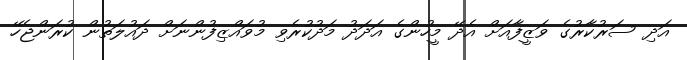
އަދި ސަރުކާރުގެ ވަޒީފާއަށް އެދޭ މީހުންގެ އަދަދު މަދުކުރެވި މުވައްޒިފުންނަށް ދައުލަތުން ކުރަންޖެހޭ